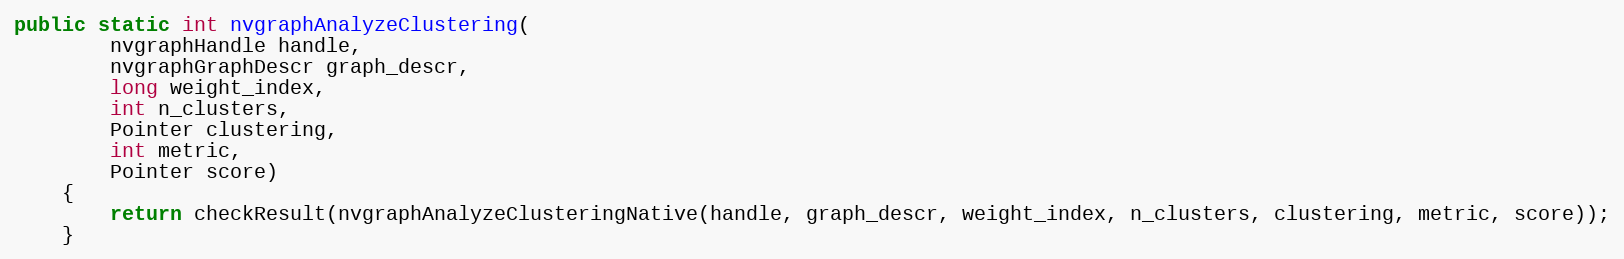
Language: Java
public static int nvgraphAnalyzeClustering(
        nvgraphHandle handle,
        nvgraphGraphDescr graph_descr,
        long weight_index,
        int n_clusters,
        Pointer clustering,
        int metric,
        Pointer score)
    {
        return checkResult(nvgraphAnalyzeClusteringNative(handle, graph_descr, weight_index, n_clusters, clustering, metric, score));
    }